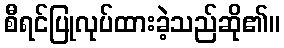
စီရင်ပြုလုပ်ထားခဲ့သည်ဆို၏။